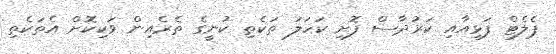
ޕެލެޓް ފަޅިއާއި ކަރުދާސް ފޮށި ކަހަލަ ތަކެތި ކުނީގެ ތެރެއިން ވަކިކޮށް އެތަކެތި